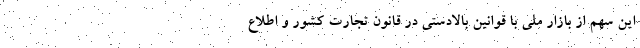
این سهم از بازار ملی با قوانین بالادستی در قانون تجارت کشور و اطلاع